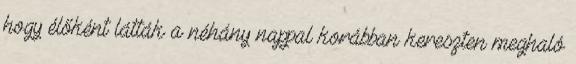
hogy élőként látták a néhány nappal korábban kereszten meghaló